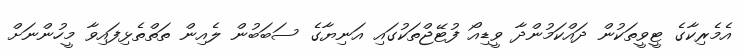
އެމެރިކާގެ ޓީވީތަކުން ދައްކަމުންދާ ވީޑިއޯ ފުޓޭޖްތަކުގައި އަނިޔާގެ ސަބަބުން ލެއިން ތަތްތެޅިފައިވާ މީހުންނަށް